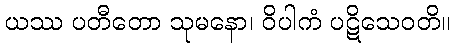
ယဿ ပတီတော သုမနော၊ ဝိပါကံ ပဋိသေဝတိ။